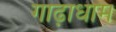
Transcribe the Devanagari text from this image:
गाढ़ाधाम